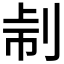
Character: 𠜔